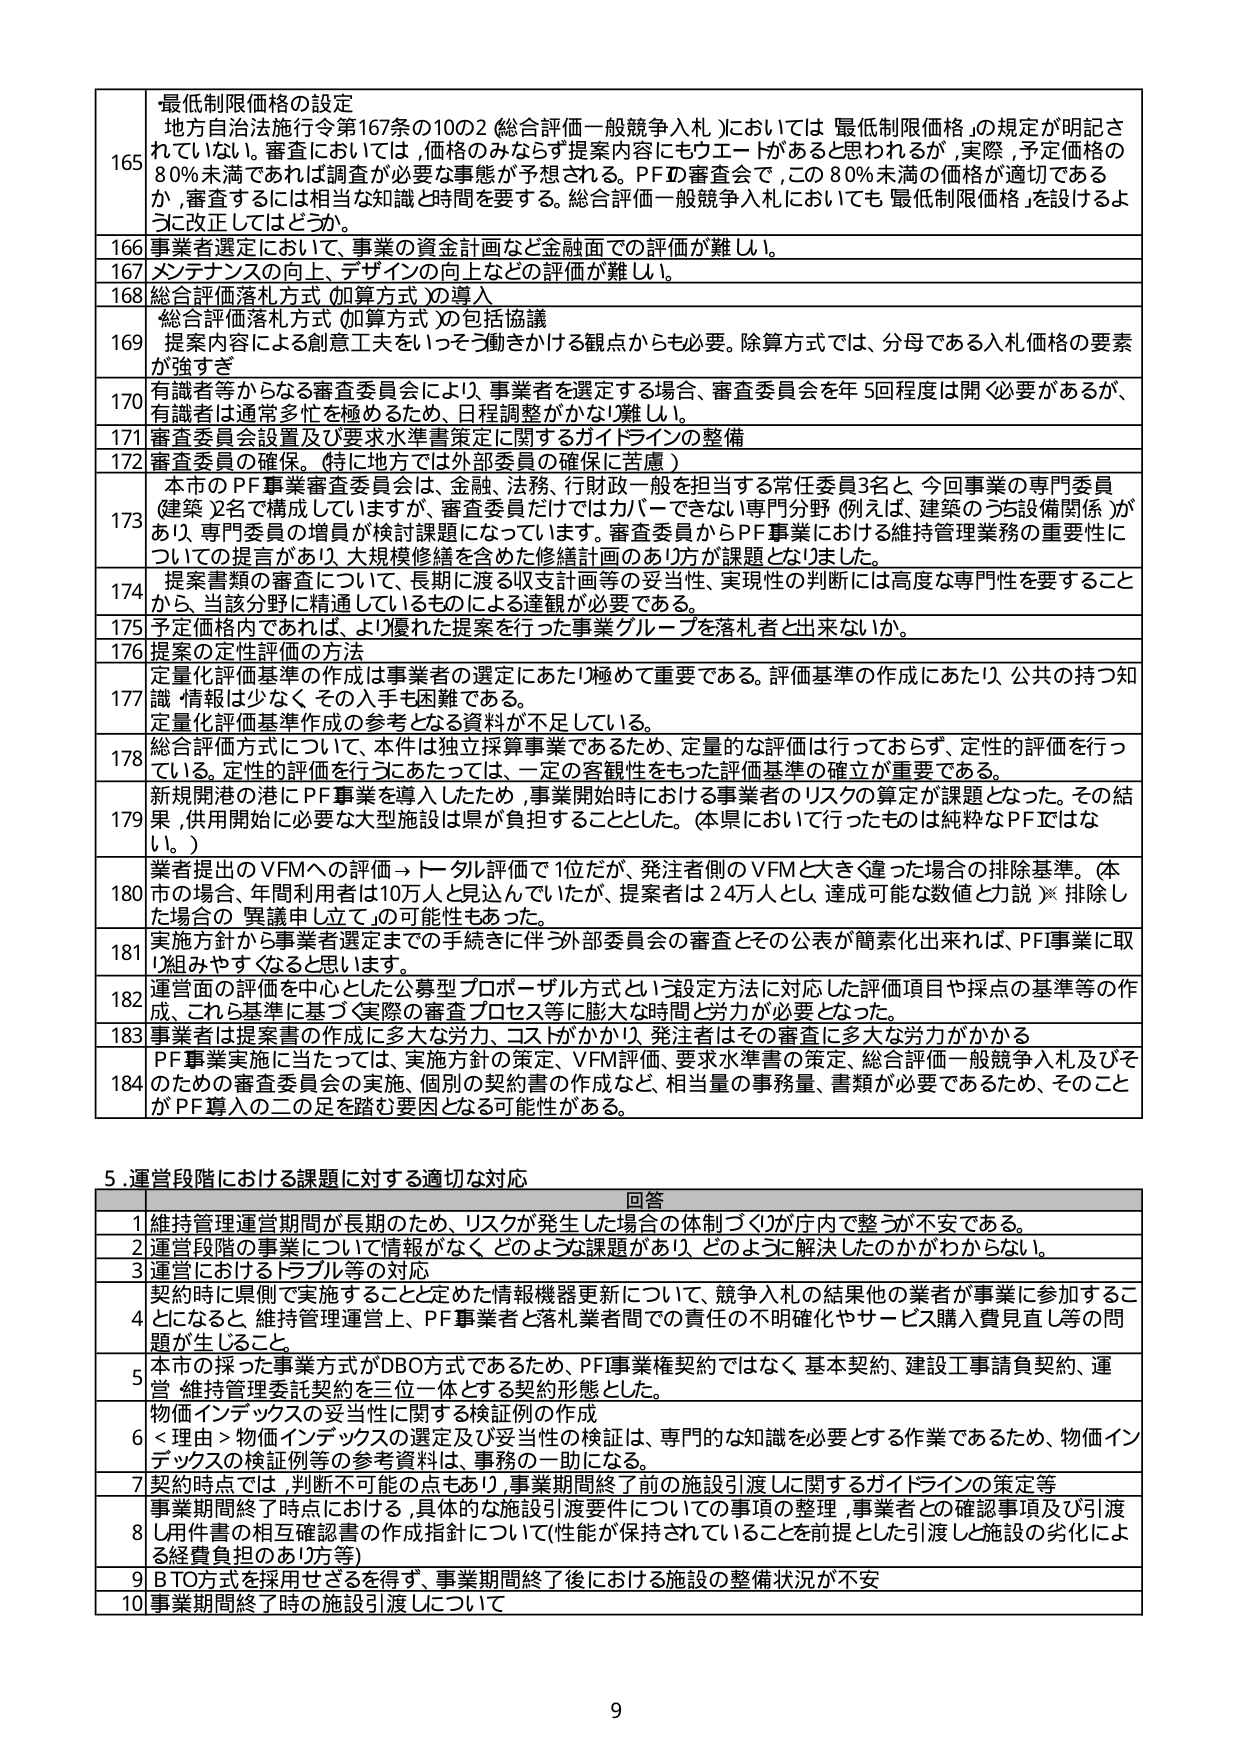
165 最低制限価格の設定
地方自治法施行令第167条の10の2（総合評価一般競争入札）においては「最低制限価格」の規定が明記されていない。審査においては、価格のみならず提案内容にもウエートがあると思われるが、実際、予定価格の80％未満であれば調査が必要な事態が予想される。PFID審査会で、この80％未満の価格が適切であるか、審査するには相当な知識と時間を要する。総合評価一般競争入札においても「最低制限価格」を設けるように改正してはどうか。

166 事業者選定において、事業の資金計画など金融面での評価が難しい。

167 メンテナンスの向上、デザインの向上などの評価が難しい。

168 総合評価落札方式（加算方式）の導入

169 総合評価落札方式（加算方式）の包括協議
提案内容による創意工夫をいっそう働きかける観点からも必要。除算方式では、分母である入札価格の要素が強すぎ。

170 有識者等からなる審査委員会により事業者を選定する場合、審査委員会を年5回程度は開く必要があるが、有識者は通常多忙を極めるため、日程調整がかなり難しい。

171 審査委員会設置及び要求水準策定に関するガイドラインの整備

172 審査委員の確保。（特に地方では外部委員の確保に苦慮）

173 本市のPF事業審査委員会は、金融、法務、行政財一般を担当する常任委員3名と、今回事業の専門委員（建築）2名で構成していますが、審査委員だけではカバーできない専門分野（例えば、建築のうち設備関係）が存在し、専門委員の増員が検討課題になっています。審査委員からPF事業における維持管理業務の重要性についての提言があり、大規模修繕を含めた修繕計画のあり方が課題となりました。

174 提案書類の審査について、長期に渡る収支計画等の妥当性、実現性の判断には高度な専門性を要することから、当該分野に精通しているものによる達観が必要である。

175 予定価格内であれば、より優れた提案を行った事業グループを落札と出来ないか。

176 提案の定性評価の方法

177 定量化評価基準の作成は事業者の選定にあたり極めて重要である。評価基準の作成にあたり、公共の持つ知識・情報は少なく、その入手も困難である。
定量化評価基準作成の参考となる資料が不足している。

178 総合評価方式について、本件は独立採算事業であるため、定量的な評価は行っておらず、定性的評価を行っている。定性的評価を行うにあたっては、一定の客観性をもった評価基準の確立が重要である。

179 新規開発の港にPF事業を導入したため、事業開始時における事業者のリスクの算定が課題となった。その結果、供用開始に必要な大型施設は県が負担することとした。（本県において行ったものは純粋なPFではない。）

180 業者提出のVFMへの評価→トータル評価で1位だが、発注者側のVFMと大きく違った場合の排除基準。（本市の場合、年間利用者は10万人と見込んでいたが、提案者は24万人とし、達成可能な数値と説）※排除した場合の「異議申し立て」の可能性もあった。

181 実施方針から事業者選定までの手続きに伴う外部委員会の審査とその公表が簡素化出来れば、PFI事業に取り組みやすくなると思います。

182 運営面の評価を中心とした公募型プロポーザル方式という設定方法に対応した評価項目や採点の基準等の作成、これら基準に基づく実際の審査プロセス等に膨大な時間と労力が必要となった。

183 事業者は提案書の作成に多大な労力、コストがかかり、発注者はその審査に多大な労力がかかる

184 PF事業実施に当たっては、実施方針の策定、VFM評価、要求水準書の策定、総合評価一般競争入札及びそのための審査委員会の実施、個別の契約書の作成など、相当量の事務量、書類が必要であるため、そのことがPF導入の二の足を踏む要因となる可能性がある。

5. 運営段階における課題に対する適切な対応

回答
1 運営管理運営期間が長期のため、リスクが発生した場合の体制づくりが庁内で整うか不安である。
2 運営段階の事業について情報がなく、どのような課題があり、どのように解決したのかがわからない。
3 運営におけるトラブル等の対応
4 契約時に県側で実施することと定めた情報機器更新について、競争入札の結果他の業者が事業に参加することになると、維持管理運営上、PF事業者と落札業者間での責任の不明確化やサービス購入費見直し等の問題が生じること。
5 本市の採った事業方式がDBO方式であるため、PFI事業権契約ではなく、基本契約、建設工事請負契約、運営・維持管理委託契約を三位一体とする契約形態とした。
6 物価インデックスの妥当性に関する検証例の作成
＜理由＞物価インデックスの選定及び妥当性の検証は、専門的な知識を必要とする作業であるため、物価インデックスの検証例等の参考資料は、事務の一助になる。
7 契約時点では、判断不可能の点もあり、事業期間終了前の施設引渡しに関するガイドラインの策定等
8 事業期間終了時点における、具体的な施設引渡要件についての事項の整理、事業者との確認事項及び引渡し用件書の相互確認書の作成指針について（性能が保持されていることを前提とした引渡しと施設の劣化による経費負担のあり方等）
9 BTO方式を採用せざるを得ず、事業期間終了後における施設の整備状況が不安
10 事業期間終了時の施設引渡しについて

9